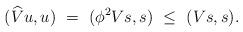
LaTeX: \begin{align*}(\widehat{V} u,u)\ = \ (\phi^2Vs,s)\ \leq \ (Vs,s).\end{align*}